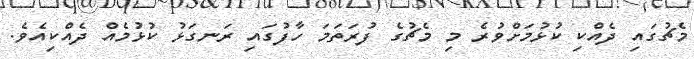
މެޗުގައި ދެއްކި ކުޅުމަށްވުރެ މި މެޗުގެ ފުރަތަމަ ހާފުގައި ރަނގަޅު ކުޅުމެއް ދެއްކިއެވެ.